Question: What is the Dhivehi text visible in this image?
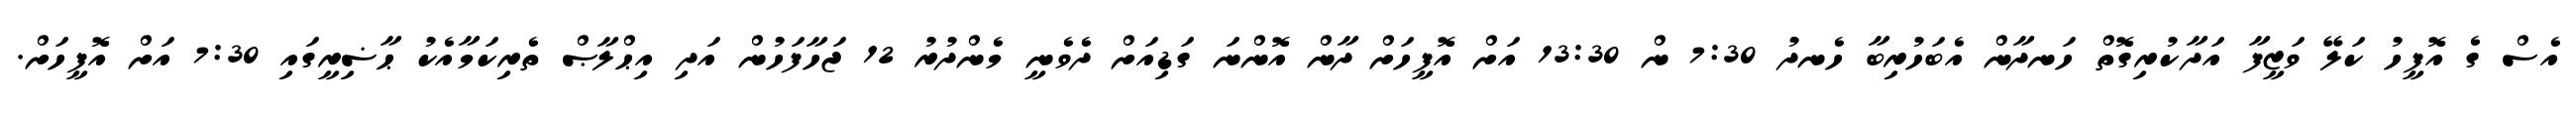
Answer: އެސް ގެ އޮފީހު ކަލޭ ވަޒީފާ އަދާކުރިގޮތް ހަނދާން އެބަހުރިބާ ހެނދު 7:30 ން 13:30 އަށް އޮފީހަށް ދާން އޮންނަ ގަޑިއަށް ދެވެނީ މެންދުރު 12 ޖަހާފަހުން އަދި އިޙްލާޞް ތެރިކަމާއެކު ޙާޟިރީގައި 7:30 އަށް އޮފީހަށް.